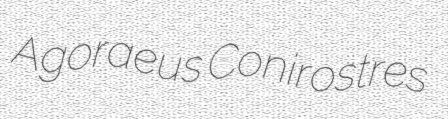
Agoraeus Conirostres